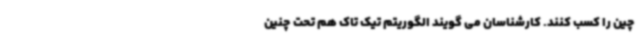
چین را کسب کنند. کارشناسان می گویند الگوریتم تیک تاک هم تحت چنین